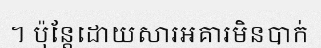
។ ប៉ុន្តែដោយសារអគារមិនបាក់